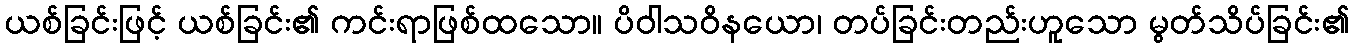
ယစ်ခြင်းဖြင့် ယစ်ခြင်း၏ ကင်းရာဖြစ်ထသော။ ပိဝါသဝိနယော၊ တပ်ခြင်းတည်းဟူသော မွတ်သိပ်ခြင်း၏